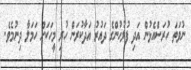
ނުވަތަ ހުރަސްއެޅުން އަދި ފުލުހުންގެ ދައުރު އަދާކުރަން ހުރި މީހަކަށް ހަމަލާ ދިނުމެވެ.